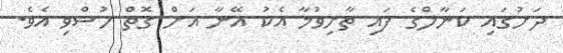
ދަށުގައި ކަނާލްގެ ފައި ތާށިވުމާ އެކު އޭނާ އަށް ގޮތް ހުސްވި އެވެ.